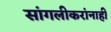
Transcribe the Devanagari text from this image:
सांगलीकरांनाही